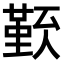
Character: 𠏏